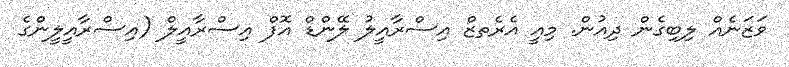
ވަޒަނެއް ލިބިގެން ދިއުން. މިއީ އެރެތޒް އިސްރާއީލު ލޭންޑް އޮފް އިސްރާއީލް (އިސްރާއީލީންގެ